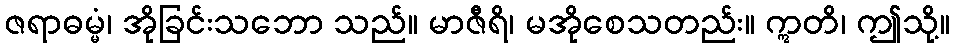
ဇရာဓမ္မံ၊ အိုခြင်းသဘော သည်။ မာဇီရိ၊ မအိုစေသတည်း။ ဣတိ၊ ဤသို့။